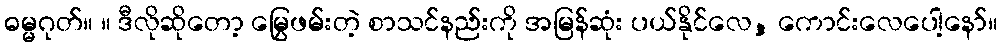
ဓမ္မဂုတ်။ ။ ဒီလိုဆိုတော့ မြွေဖမ်းတဲ့ စာသင်နည်းကို အမြန်ဆုံး ပယ်နိုင်လေ, ကောင်းလေပေါ့နော်။